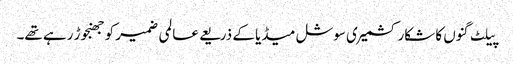
پیلٹ گنوں کا شکار کشمیری سوشل میڈیا کے ذریعے عالمی ضمیر کو جھنجوڑ رہے تھے۔